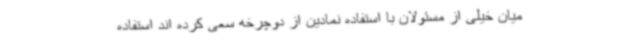
میان خیلی از مسئولان با استفاده نمادین از دوچرخه سعی کرده اند استفاده